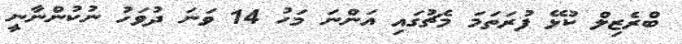
ބްރެޒިލް ކުޅޭ ފުރަތަމަ މެޗުގައި އަންނަ މަހު 14 ވަނަ ދުވަހު ނުކުންނާނީ